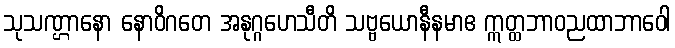
သုသဏ္ဌာနော နောဝိဂတေ အနုဂ္ဂဟေသီတိ သဗ္ဗယောနီနမာဧ ဣတ္ထဘာဝညထာဘာဝေါ